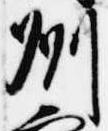
州